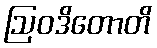
ဩဝဒိတောတိ